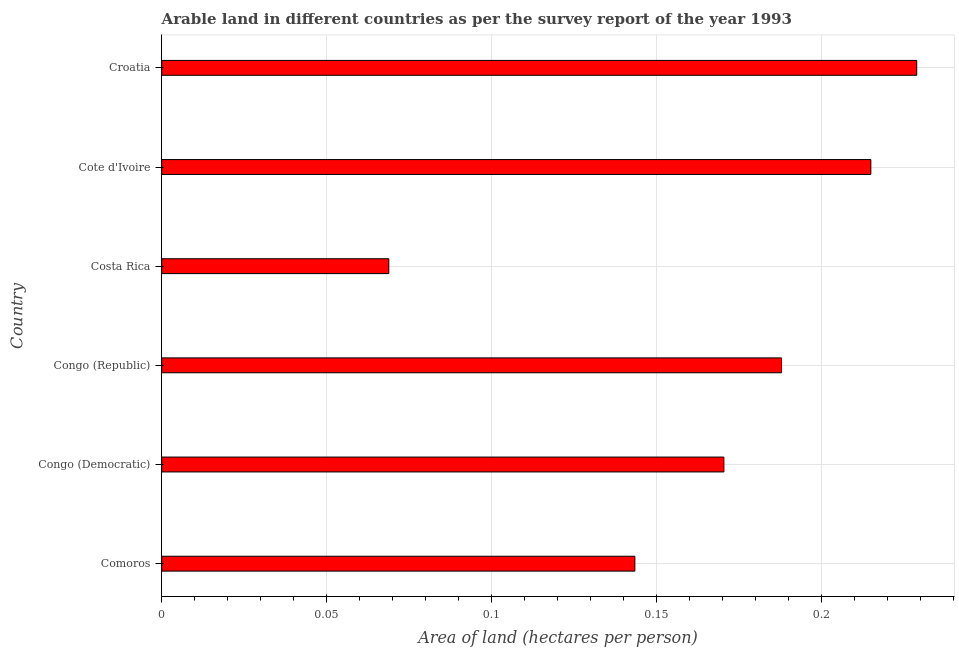
| Country | Arable land |
 | --- | --- |
 | Comoros | 0.143 |
 | Congo (Democratic) | 0.17 |
 | Congo (Republic) | 0.188 |
 | Costa Rica | 0.0688 |
 | Cote d'Ivoire | 0.215 |
 | Croatia | 0.229 |